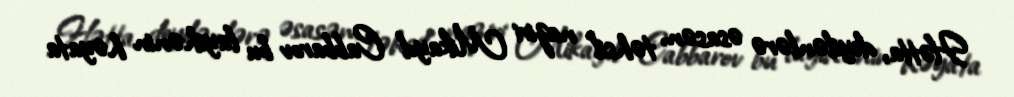
Hətta, deyilənlərə əsasən, təhsil naziri Mikayıl Cabbarov bu layihənin həyata